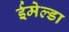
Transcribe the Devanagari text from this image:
ईमेल्डा